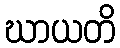
ဃာယတိ